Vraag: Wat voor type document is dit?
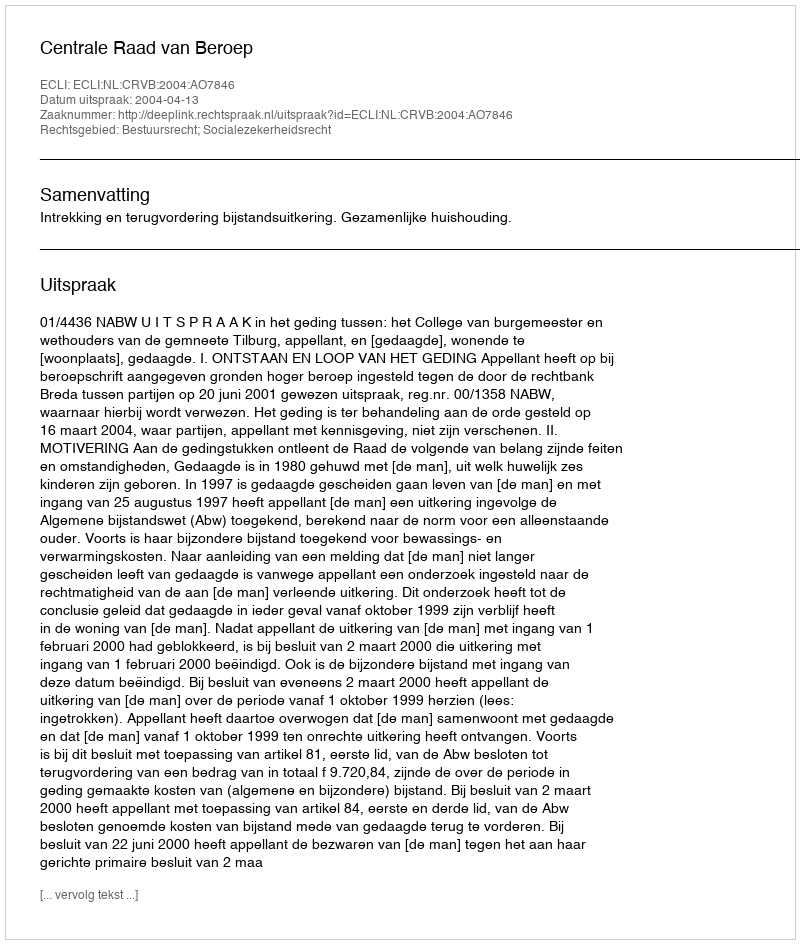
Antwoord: Uitspraak